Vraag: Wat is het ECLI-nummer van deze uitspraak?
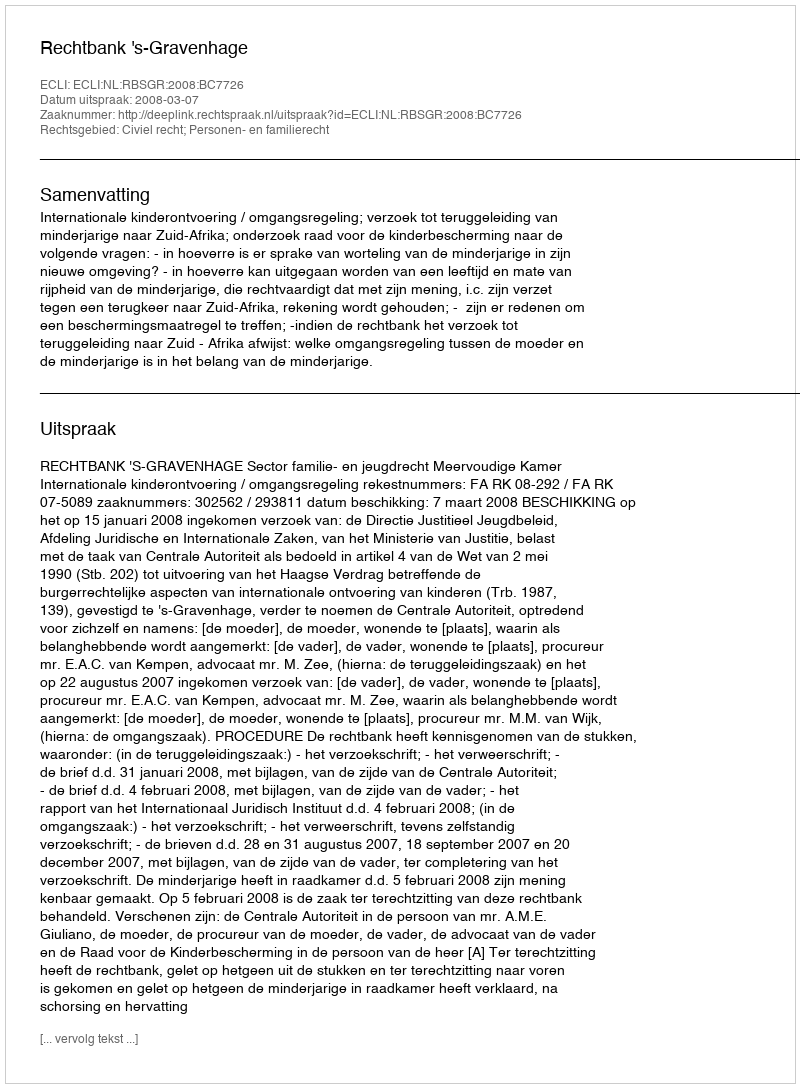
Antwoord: ECLI:NL:RBSGR:2008:BC7726